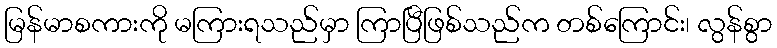
မြန်မာစကားကို မကြားရသည်မှာ ကြာပြီဖြစ်သည်က တစ်ကြောင်း၊ လွန်စွာ